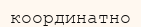
координатно